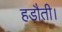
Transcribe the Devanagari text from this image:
हड़ौती।